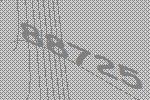
88725